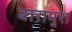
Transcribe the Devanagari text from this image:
बारामुरा